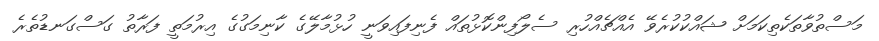
މަސްތުވާތަކެތިކަމަށް ޝައްކުކުރެވޭ އެއްޗެއްހުރި ސެލޯފިންކޮޅުތައް ފެނިފައިވަނީ ހުޅުމާލޭގެ ކާނިމަގުގެ އިރުމަތީ ފަރާތު ގަސްގަނޑުތެރެ